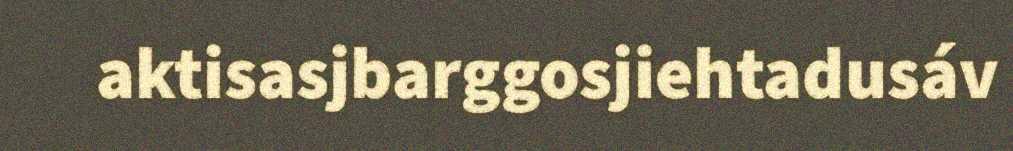
aktisasjbarggosjiehtadusáv